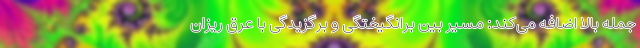
جمله بالا اضافه می‌کند: مسیر بین برانگیختگی و برگزیدگی با عرق ریزان